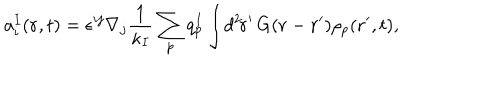
a _ { i } ^ { I } ( { \bf r } , t ) = \epsilon ^ { i j } \nabla _ { j } \frac { 1 } { \kappa _ { I } } \sum _ { p } q _ { p } ^ { I } \int \! d ^ { 2 } \! { \bf r } ^ { \prime } \, G ( { \bf r } - { \bf r } ^ { \prime } ) \rho _ { p } ( { \bf r } ^ { \prime } , t ) ,